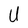
Character: U